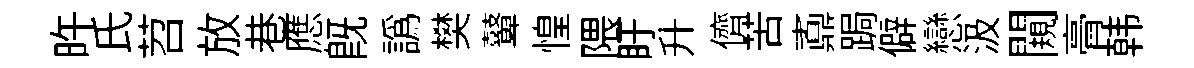
旿氏苕放巷應旣譌樊鼙惶隈盱升儕苦鼒跼僻戀汲闚𮌔韩